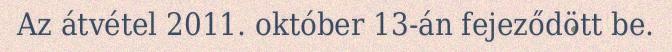
Az átvétel 2011. október 13-án fejeződött be.